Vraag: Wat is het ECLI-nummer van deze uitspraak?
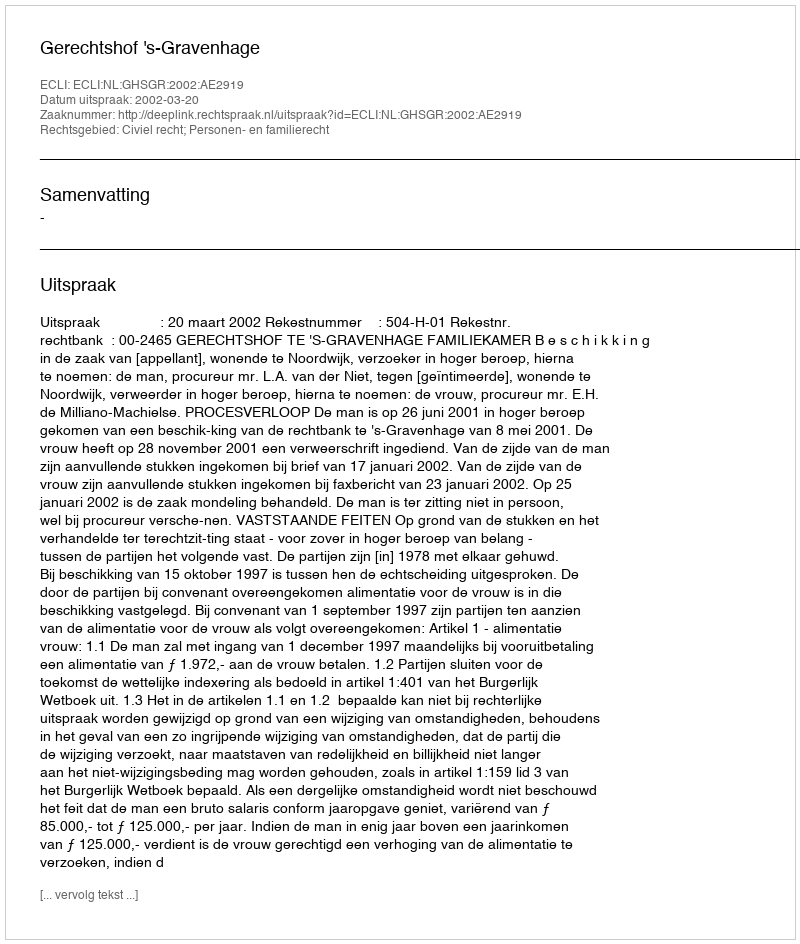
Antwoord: ECLI:NL:GHSGR:2002:AE2919